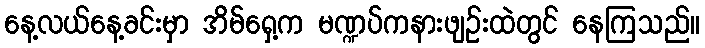
နေ့လယ်နေ့ခင်းမှာ အိမ်ရှေ့က မဏ္ဍပ်ကနားဖျဉ်းထဲတွင် နေကြသည်။